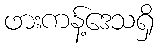
ဖားကန့်ဒေသရှိ